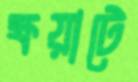
ক্ষয়াটে